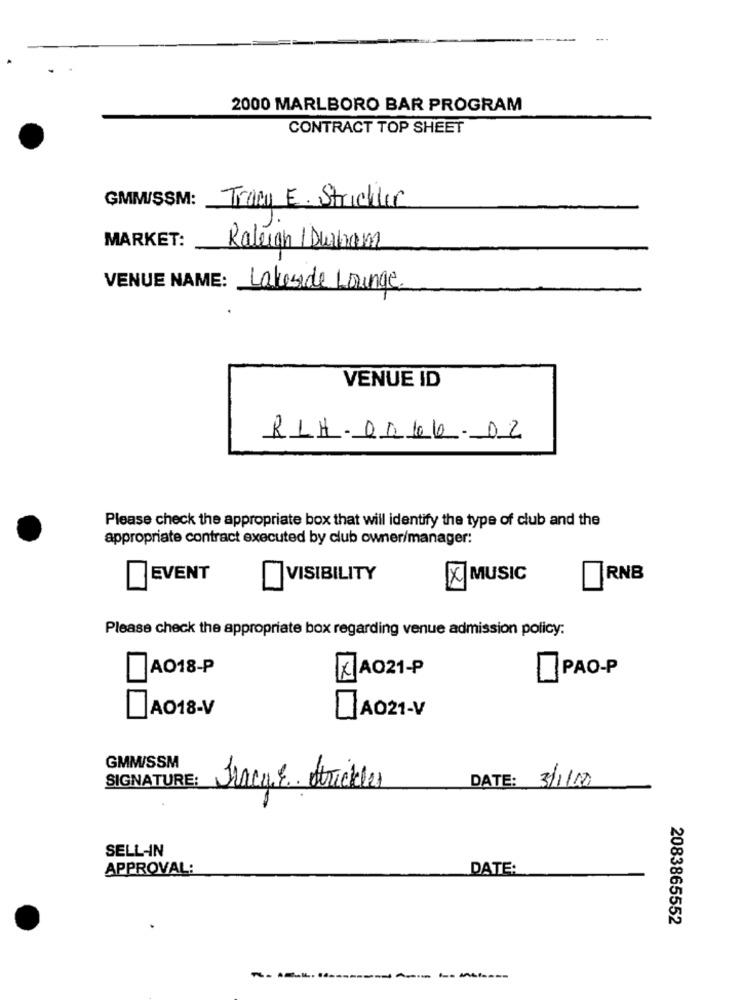
2000 MARLBORO BAR PROGRAM
CONTRACT TOP SHEET
GMM/ŞSM:
Tracy E. Strickler
MARKET:
Raleigh Durham
VENUE NAME: Lakeside Lounge
VENUE ID
RL4.0066.02
Please check the appropriate box that will identify the type of club and the
appropriate contract executed by club owner/manager:
EVENT
VISIBILITY
X MUSIC
RNB
Please check the appropriate box regarding venue admission policy:
AO18-P
PAO-P
KAO21-P
AO18-V
AO21-V
GMM/SSM
SIGNATURE:
Tracy E. trickler
DATE: 3/1/00
SELL-IN
APPROVAL:
DATE:
2083865552